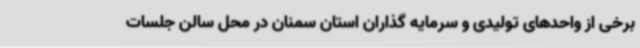
برخی از واحدهای تولیدی و سرمایه گذاران استان سمنان در محل سالن جلسات